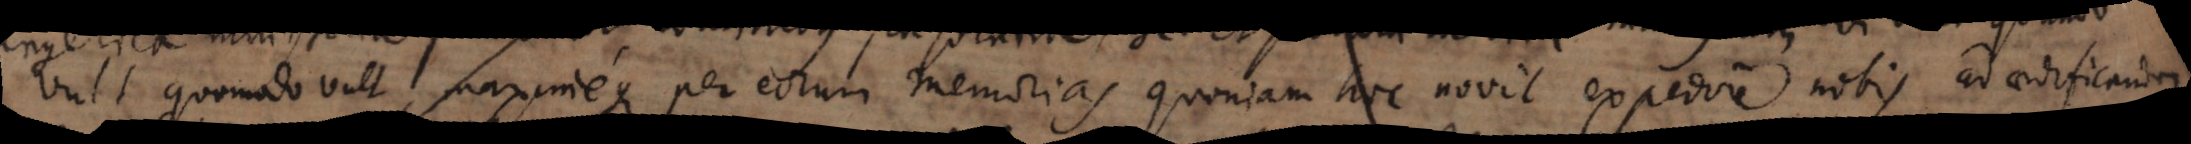
vult quomodo vult, maximeque per eorum memorias quoniam hoc novit expedire nobis ad aedificandam